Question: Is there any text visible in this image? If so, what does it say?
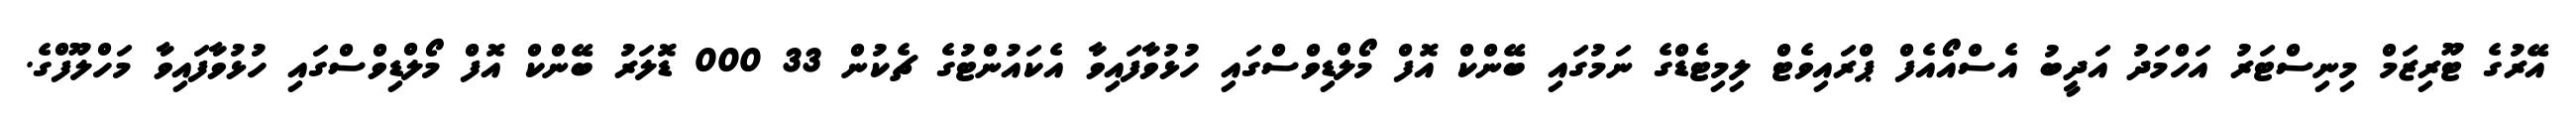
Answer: އޭރުގެ ޓޫރިޒަމް މިނިސްޓަރު އަހްމަދު އަދީބު އެސްއޯއެފް ޕްރައިވެޓް ލިމިޓެޑްގެ ނަމުގައި ބޭންކް އޮފް މޯލްޑިވްސްގައި ހުޅުވާފައިވާ އެކައުންޓުގެ ޗެކުން 33 000 ޑޮލަރު ބޭންކް އޮފް މޯލްޑިވްސްގައި ހުޅުވާފައިވާ މަހްލޫފްގެ.